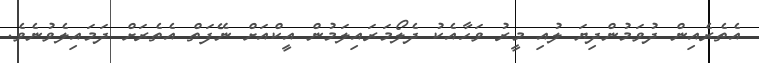
އެތެރެއިން ދުވަމުންދިޔަ ލުއި މީރު ވަހާއެކު ދެލޯމަރައިލަމުން އީކްއަށް ނޭފަތް އެތެރަށް ދަމައިލެވުނެވެ.